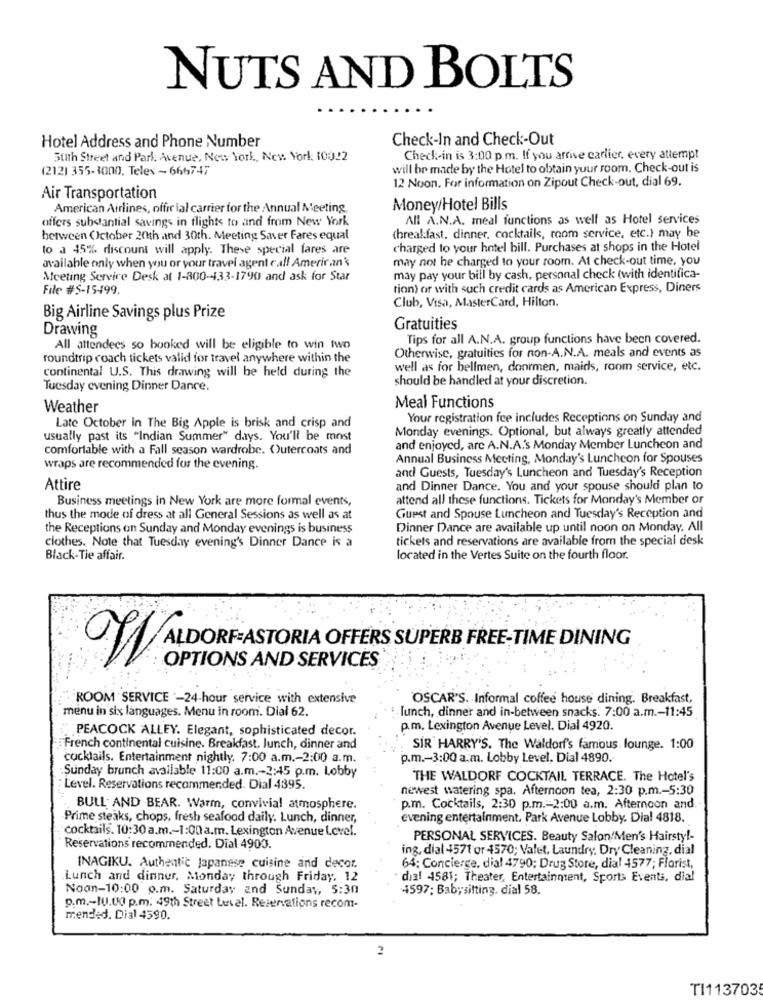
NUTS AND BOLTS
Hotel Address and Phone Number
Check-In and Check-Out
Suth Street and Park Avenue, New York, New York: 10022
Check-in is 3:00 p.m. If you arrive carlier, every attempt
(212) 355-3000. Telex - 666747
will be made by the Hotel to obtain your room. Check-out is
12 Noon. For information on Zipout Check-out, dial 69.
Air Transportation
American Airlines, offir ial carrier for the Annual Meeting,
Money/Hotel Bills
offers substantial savings in flights to and from New York
All A.N.A. meal functions as well as Hotel services
between October 20th and 30th. Meeting Saver Fares equal
(breakfast, dinner, cocktails, room service, etc.) may be
to a 45% discount will apply. These special fares are
charged to your hotel bill. Purchases at shops in the Hotel
available only when you or your travel agent call American'
may not be charged to your room. At check-out time, you
Meeting Servire Desk at 1-300-433-1790 and ask for Star
may pay your bill by cash, personal check (with identifica-
File #5-15499.
tion) or with such credit cards as American Express, Diners
Club, Visa, MasterCard, Hilton.
Big Airline Savings plus Prize
Drawing
Gratuities
Tips for all A.N.A. group functions have been covered.
All attendees so booked will be eligible to win two
Otherwise, gratuities for non-A.N.A. meals and events as
roundtrip coach tickets valid for travel anywhere within the
continental U.S. This drawing will be held during the
well as for belfmen, donrmen, maids, room service, etc.
should be handled at your discretion.
Tuesday evening Dinner Dance.
Weather
Meal Functions
Your registration fee includes Receptions on Sunday and
Late October in The Big Apple is brisk and crisp and
Monday evenings. Optional, but always greatly attended
usually past its "Indian Summer" days. You'll be most
comfortable with a Fall season wardrobe. Outercoats and
and enjoyed, arc A.N.A.'s Monday Member Luncheon and
Annual Business Meeting, Monday's Luncheon for Spouses
wraps are recommended for the evening.
and Guests, Tuesday's Luncheon and Tuesday's Reception
Attire
and Dinner Dance. You and your spouse should plan to
Business meetings in New York are more formal events,
attend all these functions. Tickets for Monday's Member or
thus the mode of dress at all General Sessions as well as at
Guest and Spouse Luncheon and Tuesday's Reception and
the Receptions on Sunday and Monday evenings is business
Dinner Dance are available up until noon on Monday. All
tickets and reservations are available from the special desk
clothes. Note that Tuesday evening's Dinner Dance is a
Black-Tie affair.
located in the Vertes Suite on the fourth floor.
ALDORF-ASTORIA OFFERS SUPERB FREE-TIME DINING
OPTIONS AND SERVICES
ROOM SERVICE -24-hour service with extensive
OSCAR'S. Informal coffee house dining. Breakfast,
menu in six languages. Menu in room. Dial 62.
lunch, dinner and in-between snacks. 7:00 a.m .- 11:45
PEACOCK ALLEY. Elegant, sophisticated decor.
p.m. Lexington Avenue Level. Dial 4920.
French continental cuisine. Breakfast, lunch, dinner and
SIR HARRY'S. The Waldorf's famous, lounge. 1:00
cocktails. Entertainment nightly. 7:00 a.m .- 2:00 a.m.
p.m .- 3:00 a.m. Lobby Level. Dial 4890.
Sunday brunch available 11:00 a.m .- 2:445 p.m. Lobby
THE WALDORF COCKTAIL TERRACE. The Hotel's
Level. Reservations recommended. Dial 4395.
newest watering spa. Afternoon tea, 2:30 p.m .- 5:30
. BULL; AND BEAR. Warm, convivial atmosphere.
p.m. Cocktails, 2:30 p.m .- 2:00 a.m. Afternoon and.
Prime steaks, chops, fresh seafood daily. Lunch, dinner,
evening entertainment. Park Avenue Lobby. Dia! 4818.
cocktails. 10:30 a.m .- 1:00 a.m. Lexington Avenue Lovel.
PERSONAL SERVICES. Beauty Salon/Men's Hairsty !-
Reservations recommended. Dial 4900.
ing, dial 4571 or 4570; Valet, Laundry, Dry Cleaning, dial
INAGIKU. Authentic Japanese cuisine and decor.
64; Concierge, dial 4790; Drug Store, dial 4577; Florist,
Lunch and dinner. Monday through Friday, 12
dial 4581; Theater, Entertainment, Sports Events, dial
Noon-10:00 o.m. Saturday and Sunday, 5:30
4597; Baby sitting, dial 58.
p.m .- IU.U0 p.m. 49th Street Level. Reservations recom-
mended. Dial 4590.
2
TI1137035